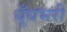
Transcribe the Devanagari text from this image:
धूँधभरी